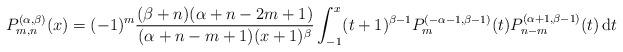
LaTeX: \begin{gather*}P_{m,n}^{(\alpha,\beta)}(x)=(-1)^{m}\frac{(\beta+n)(\alpha+n-2m+1)}{(\alpha+n-m+1)(x+1)^{\beta}} \int_{-1}^x(t+1)^{\beta-1}P_m^{(-\alpha-1,\beta-1)}(t)P_{n-m}^{(\alpha+1,\beta-1)}(t)\,{\rm d}t\end{gather*}